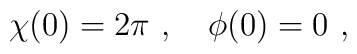
\chi(0)=2\pi \ , \quad \phi(0)=0\ ,